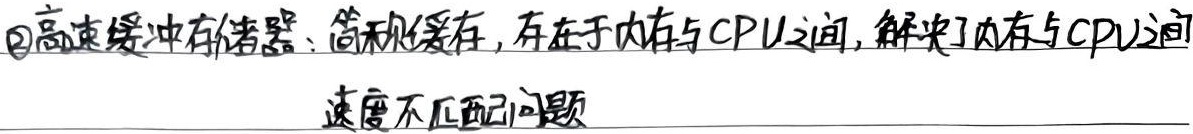
\textcircled{2}高速缓冲存储器：简称缓存，存在于内存与CPU之间，解决了内存与CPU之间速度不匹配问题。